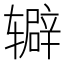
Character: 𬨔